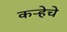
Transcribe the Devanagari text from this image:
कऱ्हेचे